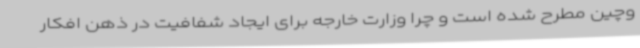
وچین مطرح شده است و چرا وزارت خارجه برای ایجاد شفافیت در ذهن افکار